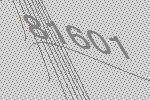
81601